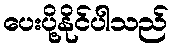
ပေးပို့နိုင်ပါသည်